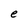
Character: e